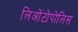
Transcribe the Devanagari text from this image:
लिओंटोपोलिस